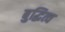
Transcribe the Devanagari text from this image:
बुद्धित्व